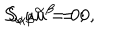
LaTeX: S _ { \alpha } u ^ { \alpha } = 0 ; \hspace { 1 . 0 i n } S _ { \alpha \beta } u ^ { \beta } = 0 ,